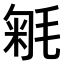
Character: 𣮕